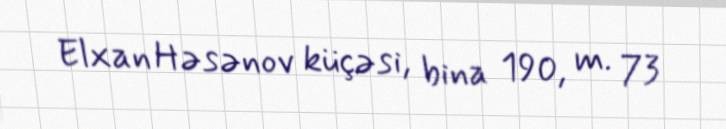
Elxan Həsənov küçəsi, bina 190, m. 73